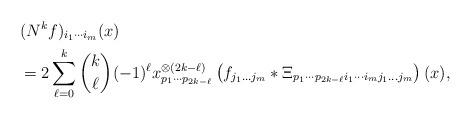
LaTeX: \begin{align*}\begin{aligned}&(N^{k}f)_{i_{1} \cdots i_{m}} (x) \\&= 2 \sum\limits_{\ell=0}^k \binom{k}{\ell} (-1)^{\ell} x_{p_{1} \cdots p_{2k-\ell}}^{\otimes (2k-\ell)} \left( f_{j_{1} \dots j_{m}} * \Xi_{p_{1} \cdots p_{2k-\ell} i_{1} \cdots i_{m} j_{1} \dots j_{m}} \right)(x),\end{aligned} \end{align*}